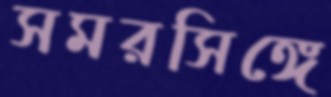
সমরসিঙ্গে